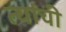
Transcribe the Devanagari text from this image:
त्यांंची